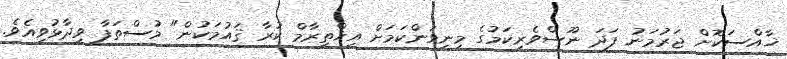
ޚާއްސަކޮށް ޖަރުމަނު ފަދަ ނޫސްވެރިކަމުގެ މިނިވަންކަމަށް އިޚްތިރާމް ކުރާ ޤައުމަކުން" މުސްތަފާ ވިދާޅުވިއެވެ.